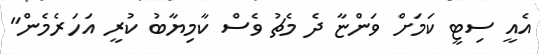
އެއީ ސިޓީ ކަމަށް ވަންޏާ ދެ މެޗު ވެސް ކާމިޔާބު ކުރީ އަހަރެމެން"